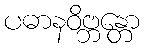
ပဓာနဝိဗ္ဘန္တော